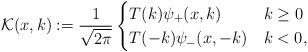
LaTeX: \begin{align*}\mathcal{K}(x,k):=\frac{1}{\sqrt{2\pi}}\begin{cases}T(k) \psi_+(x,k) & k \geq 0\\T(-k) \psi_-(x,-k) & k < 0,\end{cases}\end{align*}